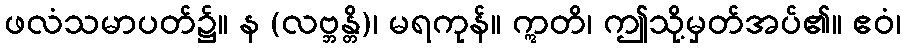
ဖလံသမာပတ်၌။ န (လဗ္ဘန္တိ)၊ မရကုန်။ ဣတိ၊ ဤသို့မှတ်အပ်၏။ ဧဝံ၊